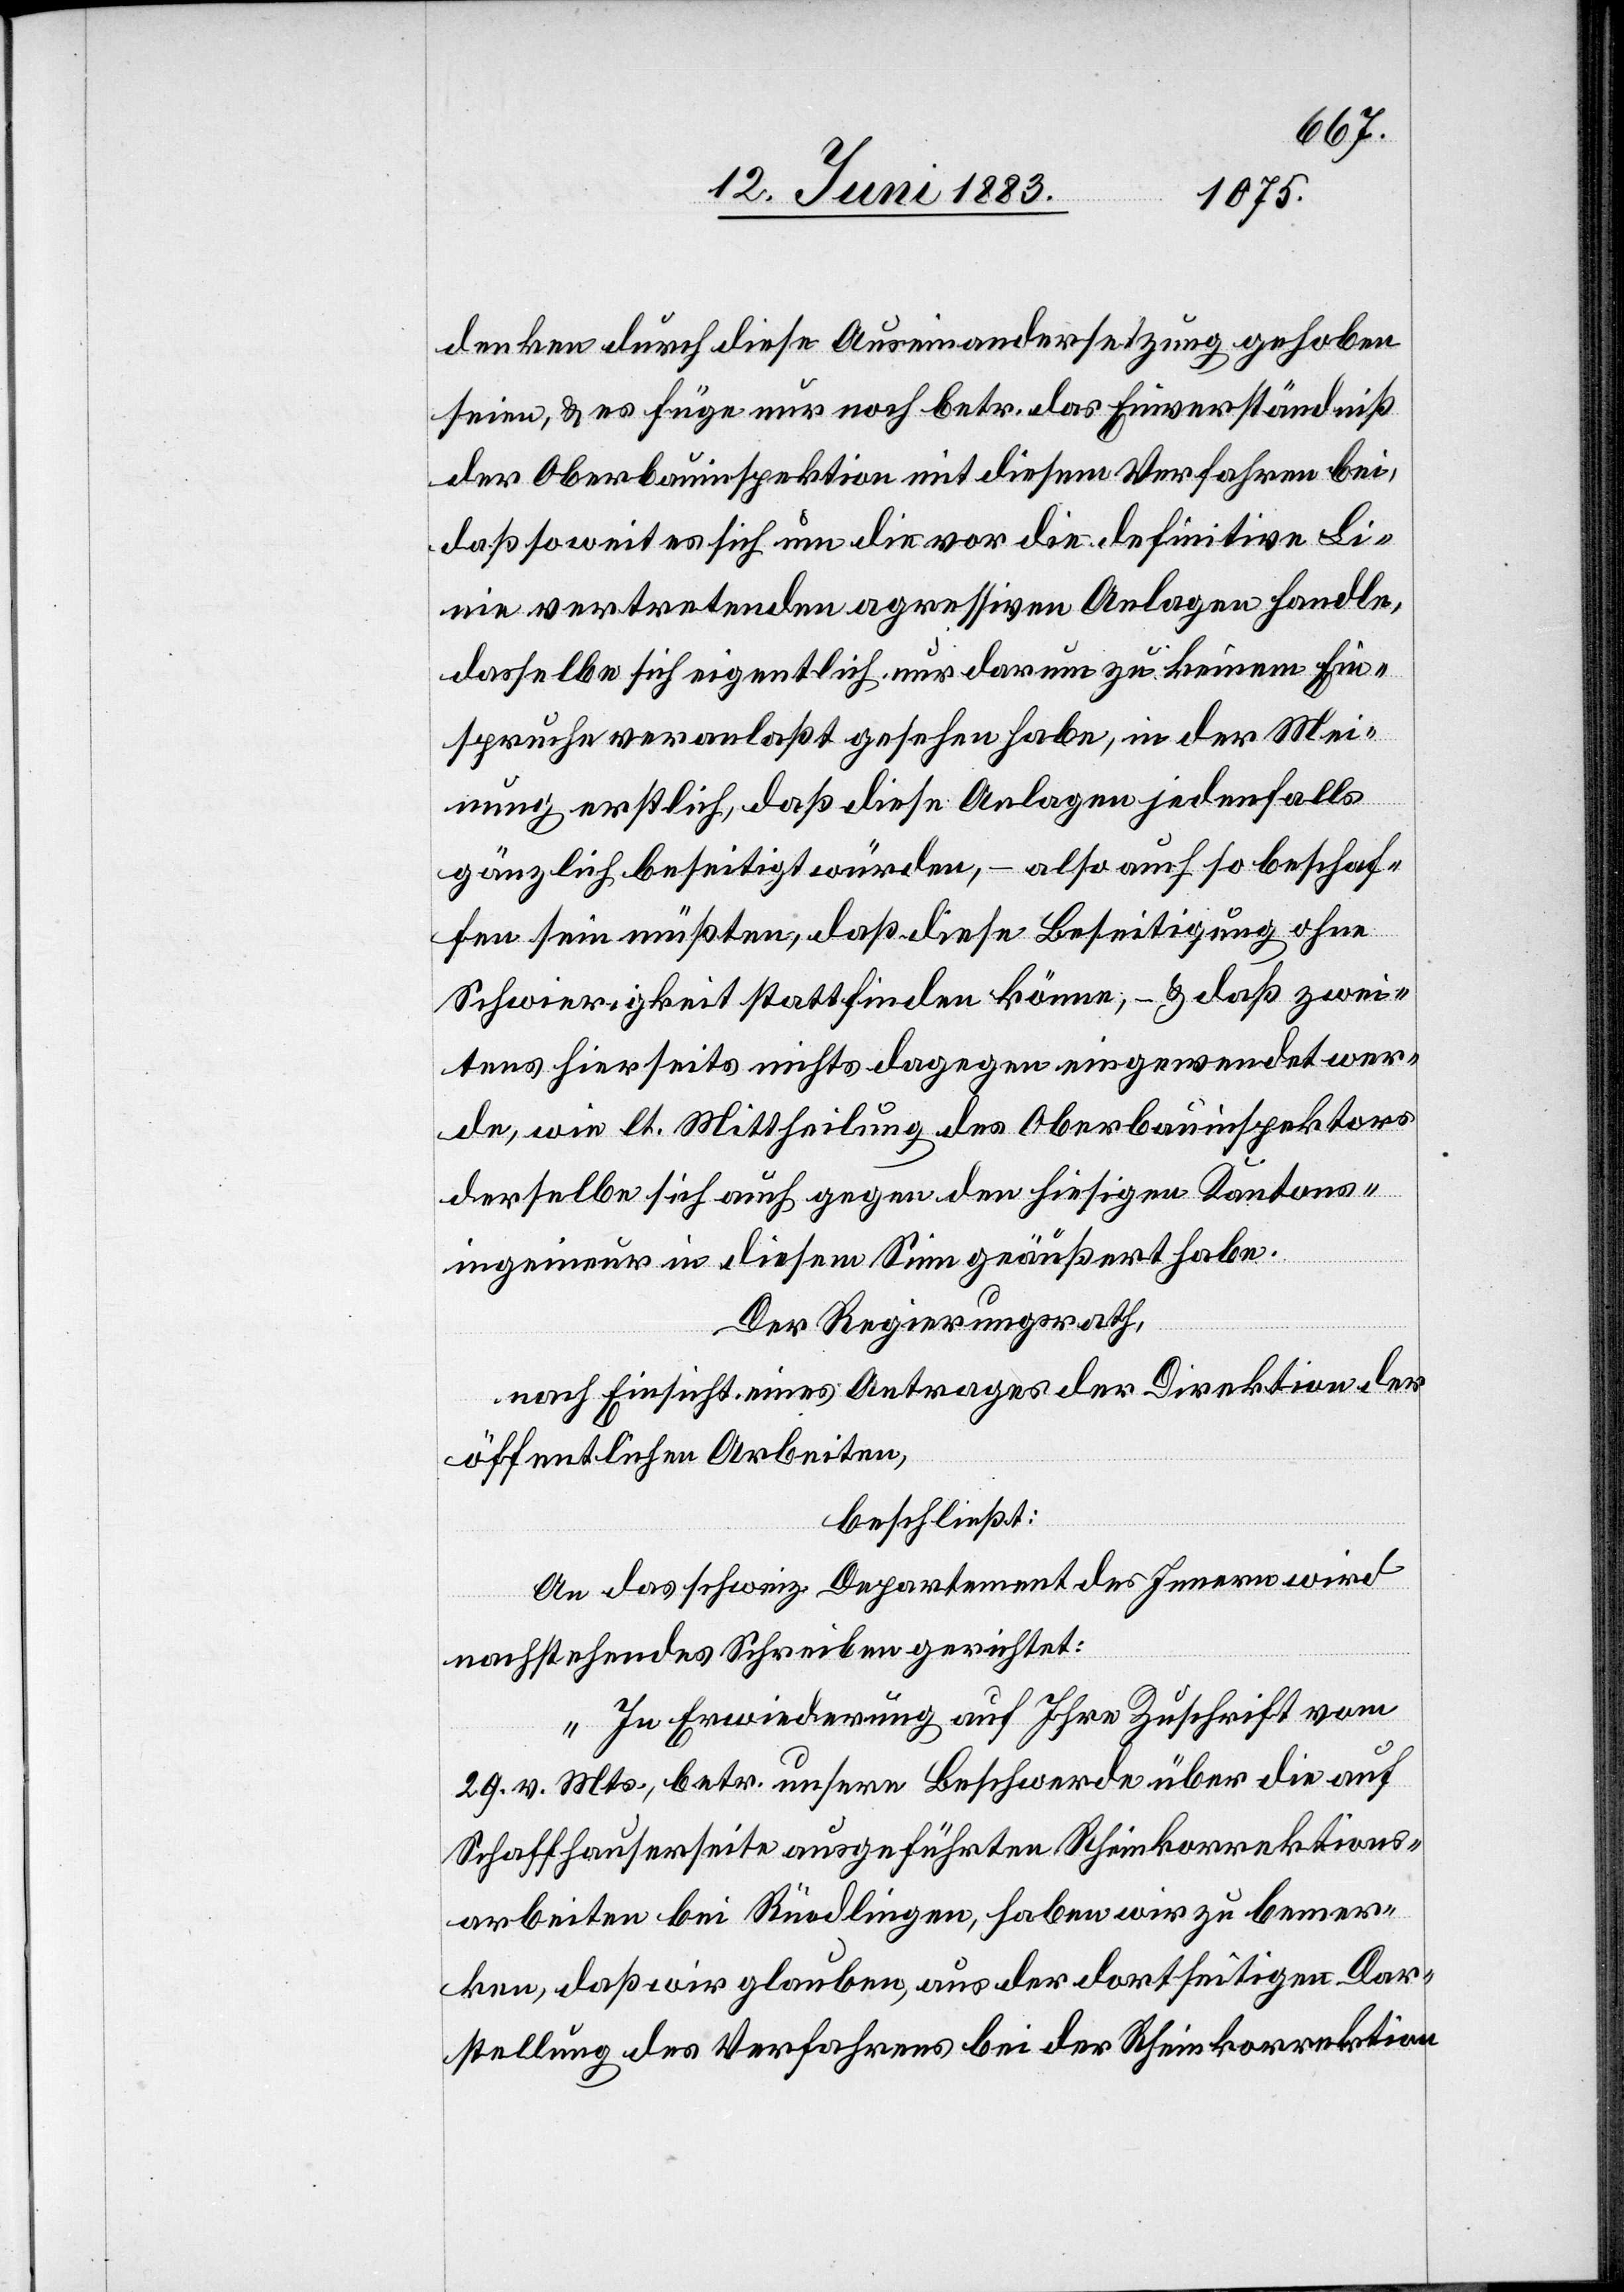
denken durch diese Auseinandersetzung gehoben
seien, & es füge nur noch betr. das Einverständniß
der Oberbauinspektion mit diesem Verfahren bei,
daß soweit es sich um die vor die definitive Li¬
nie vertretenden agressiven Anlagen handle,
dasselbe sich eigentlich nur darum zu keinem Ein¬
spruche veranlaßt gesehen habe, in der Mei¬
nung erstlich, daß diese Anlagen jedenfalls
gänzlich beseitigt würden, – also auch so beschaf¬
fen sein müßten, daß diese Beseitigung ohne
Schwierigkeit stattfinden könne; – & daß zwei¬
tens hierseits nichts dagegen eingewendet wer¬
de, wie lt. Mittheilung des Oberbauinspektors
derselbe sich auch gegen den hiesigen Kantons¬
ingenieur in diesem Sinn geäußert habe.
Der Regierungsrath,
nach Einsicht eines Antrages der Direktion der
öffentlichen Arbeiten,
beschließt:
An das schweiz. Departement des Innern wird
nachstehendes Schreiben gerichtet:
„In Erwiederung auf Ihre Zuschrift vom
29. v. Mts., betr. unsere Beschwerde über die auf
Schaffhauserseite ausgeführten Rheinkorrektions¬
arbeiten bei Rüedlingen, haben wir zu bemer¬
ken, daß wir glauben, aus der dortseitigen Dar¬
stellung des Verfahrens bei der Rheinkorrektion